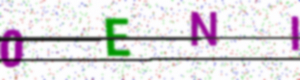
Text: 0ENI